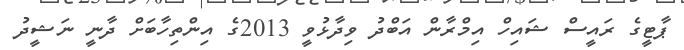
ޕާޓީގެ ރައީސް ޝައިހް އިމްރާން އަބްދު ވިދާޅުވީ 2013ގެ އިންތިހާބަށް ދާނީ ނަޝީދު